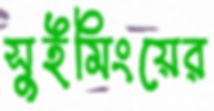
সুইমিংয়ের